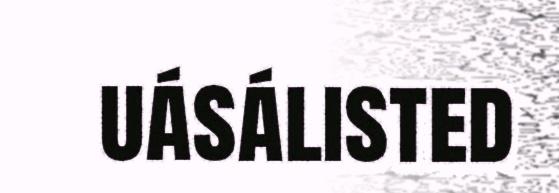
uásálisted